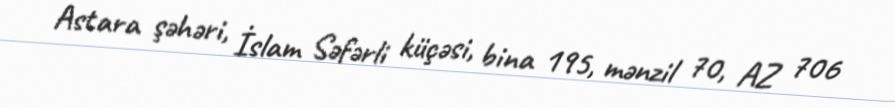
Astara şəhəri, İslam Səfərli küçəsi, bina 195, mənzil 70, AZ 706